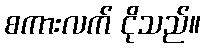
စကားလက် ငိုသည်။